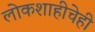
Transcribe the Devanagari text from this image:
लोकशाहीचेही